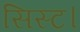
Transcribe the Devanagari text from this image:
सिस्ट।